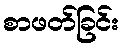
စာဖတ်ခြင်း